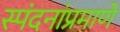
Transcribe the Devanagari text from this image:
स्पंदनांप्रमाणे